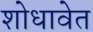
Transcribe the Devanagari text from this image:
शोधावेत